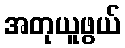
အတုယူဖွယ်